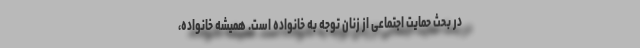
در بحث حمایت اجتماعی از زنان توجه به خانواده است. همیشه خانواده،